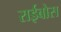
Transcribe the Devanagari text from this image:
राईबोस